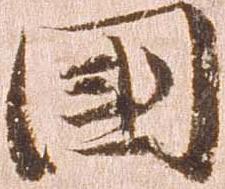
国